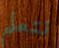
نتعلم